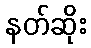
နတ်ဆိုး